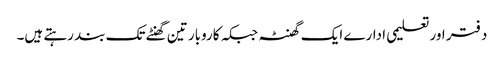
دفتر اور تعلیمی ادارے ایک گھنٹہ جبکہ کاروبار تین گھنٹے تک بند رہتے ہیں۔